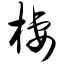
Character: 栖